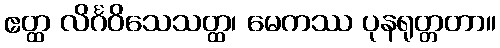
ဧတ္ထ လိင်္ဂဝိသေသတ္ထ၊ မေကဿ ပုနရုတ္တတာ။